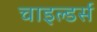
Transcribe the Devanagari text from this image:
चाइल्डर्स